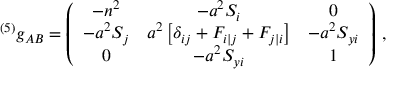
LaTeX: { } ^ { ( 5 ) } g _ { A B } = \left( \begin{array} { c c c } { { - n ^ { 2 } } } & { { - a ^ { 2 } S _ { i } } } & { { 0 \nonumber } } \\ { { - a ^ { 2 } S _ { j } } } & { { a ^ { 2 } \left[ \delta _ { i j } + F _ { i | j } + F _ { j | i } \right] } } & { { - a ^ { 2 } S _ { y i } \nonumber } } \\ { { 0 } } & { { - a ^ { 2 } S _ { y i } } } & { { 1 \nonumber } } \end{array} \right) \, ,